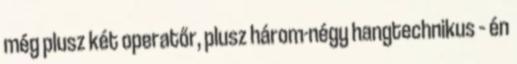
még plusz két operatőr, plusz három-négy hangtechnikus – én